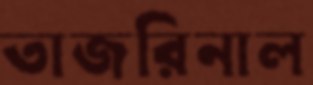
তাজরিনাল